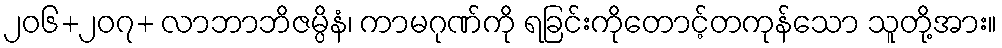
၂၀၆+၂၀၇+ လာဘာဘိဇမ္ပိနံ၊ ကာမဂုဏ်ကို ရခြင်းကိုတောင့်တကုန်သော သူတို့အား။